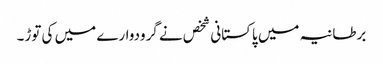
برطانیہ میں پاکستانی شخص نے گرودوارے میں کی توڑ۔